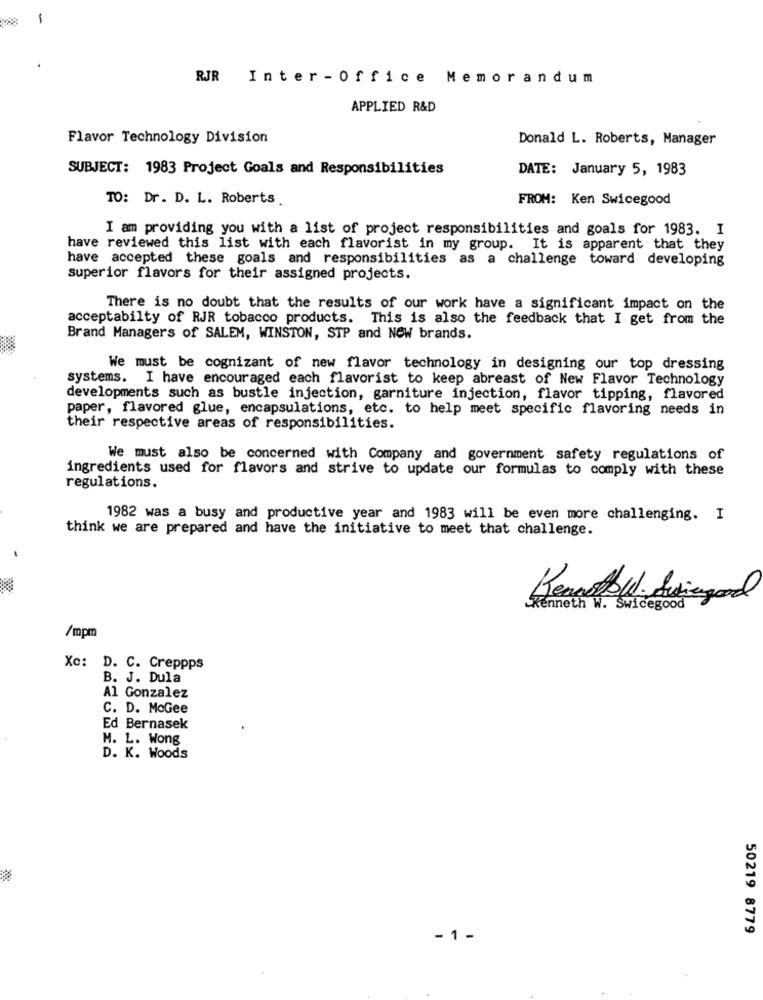
-
RJR Inter - Office Memorandum
APPLIED R&D
Flavor Technology Division
Donald L. Roberts, Manager
SUBJECT: 1983 Project Goals and Responsibilities
DATE: January 5, 1983
TO: Dr. D. L. Roberts.
FROM: Ken Swicegood
I am providing you with a list of project responsibilities and goals for 1983. I
have reviewed this list with each flavorist in my group. It is apparent that they
have accepted these goals and responsibilities as a challenge toward developing
superior flavors for their assigned projects.
There is no doubt that the results of our work have a significant impact on the
acceptabilty of RJR tobacco products. This is also the feedback that I get from the
Brand Managers of SALEM, WINSTON, STP and NOW brands.
We must be cognizant of new flavor technology in designing our top dressing
systems. I have encouraged each flavorist to keep abreast of New Flavor Technology
developments such as bustle injection, garniture injection, flavor tipping, flavored
paper, flavored glue, encapsulations, etc. to help meet specific flavoring needs in
their respective areas of responsibilities.
We must also be concerned with Company and government safety regulations of
ingredients used for flavors and strive to update our formulas to comply with these
regulations.
1982 was a busy and productive year and 1983 will be even more challenging. I
think we are prepared and have the initiative to meet that challenge.
-
Kenneth W. Swicegood
/mpm
Xc: D. C. Creppps
B. J. Dula
Al Gonzalez
C. D. McGee
Ed Bernasek
M. L. Wong
D. K. Woods
50219 8779
- 1 -